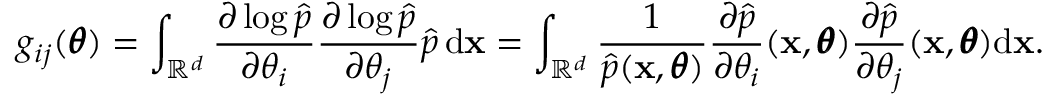
g _ { i j } ( \pmb \theta ) = \int _ { \mathbb { R } ^ { d } } \frac { \partial \log \hat { p } } { \partial \theta _ { i } } \frac { \partial \log \hat { p } } { \partial \theta _ { j } } \hat { p } \, \mathrm d \mathbf x = \int _ { \mathbb { R } ^ { d } } \frac { 1 } { \hat { p } ( \mathbf x , \pmb \theta ) } \frac { \partial \hat { p } } { \partial \theta _ { i } } ( \mathbf x , \pmb \theta ) \frac { \partial \hat { p } } { \partial \theta _ { j } } ( \mathbf x , \pmb \theta ) \mathrm d \mathbf x .